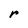
Character: r